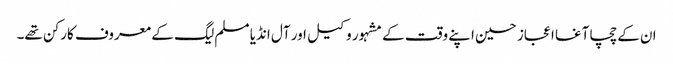
ان کے چچا آغا اعجاز حسین اپنے وقت کے مشہور وکیل اور آل انڈیا مسلم لیگ کے معروف کارکن تھے۔